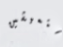
ستعيشين